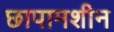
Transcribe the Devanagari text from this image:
छापामशीन